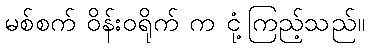
မစ်စက် ဝိန်းဝရိုက် က ငုံ့ကြည့်သည်။